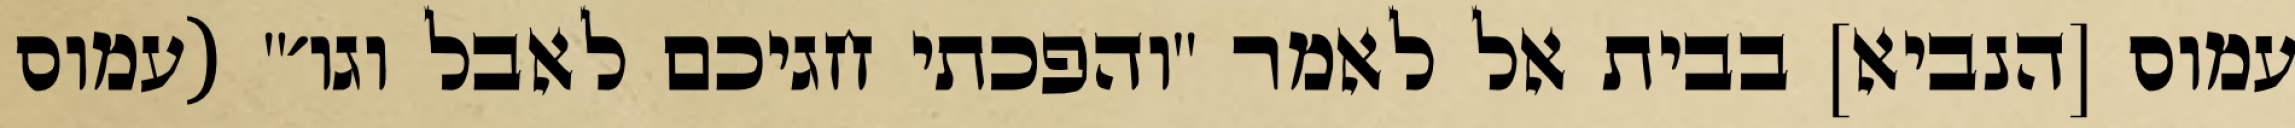
עמוס [הנביא] בבית אל לאמר "והפכתי חגיכם לאבל וגו׳" (עמוס